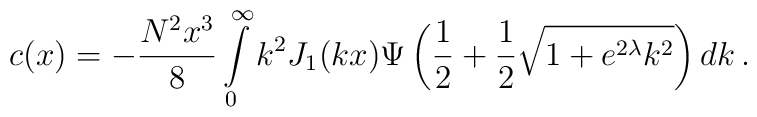
c(x) = - \frac{N^2 x^3}{8} \int\limits_{0}^{\infty} k^2 J_1 (kx) \Psi \left( \frac{1}{2} +\frac{1}{2}\sqrt{1 + e^{2\lambda} k^2}\right) dk\,.